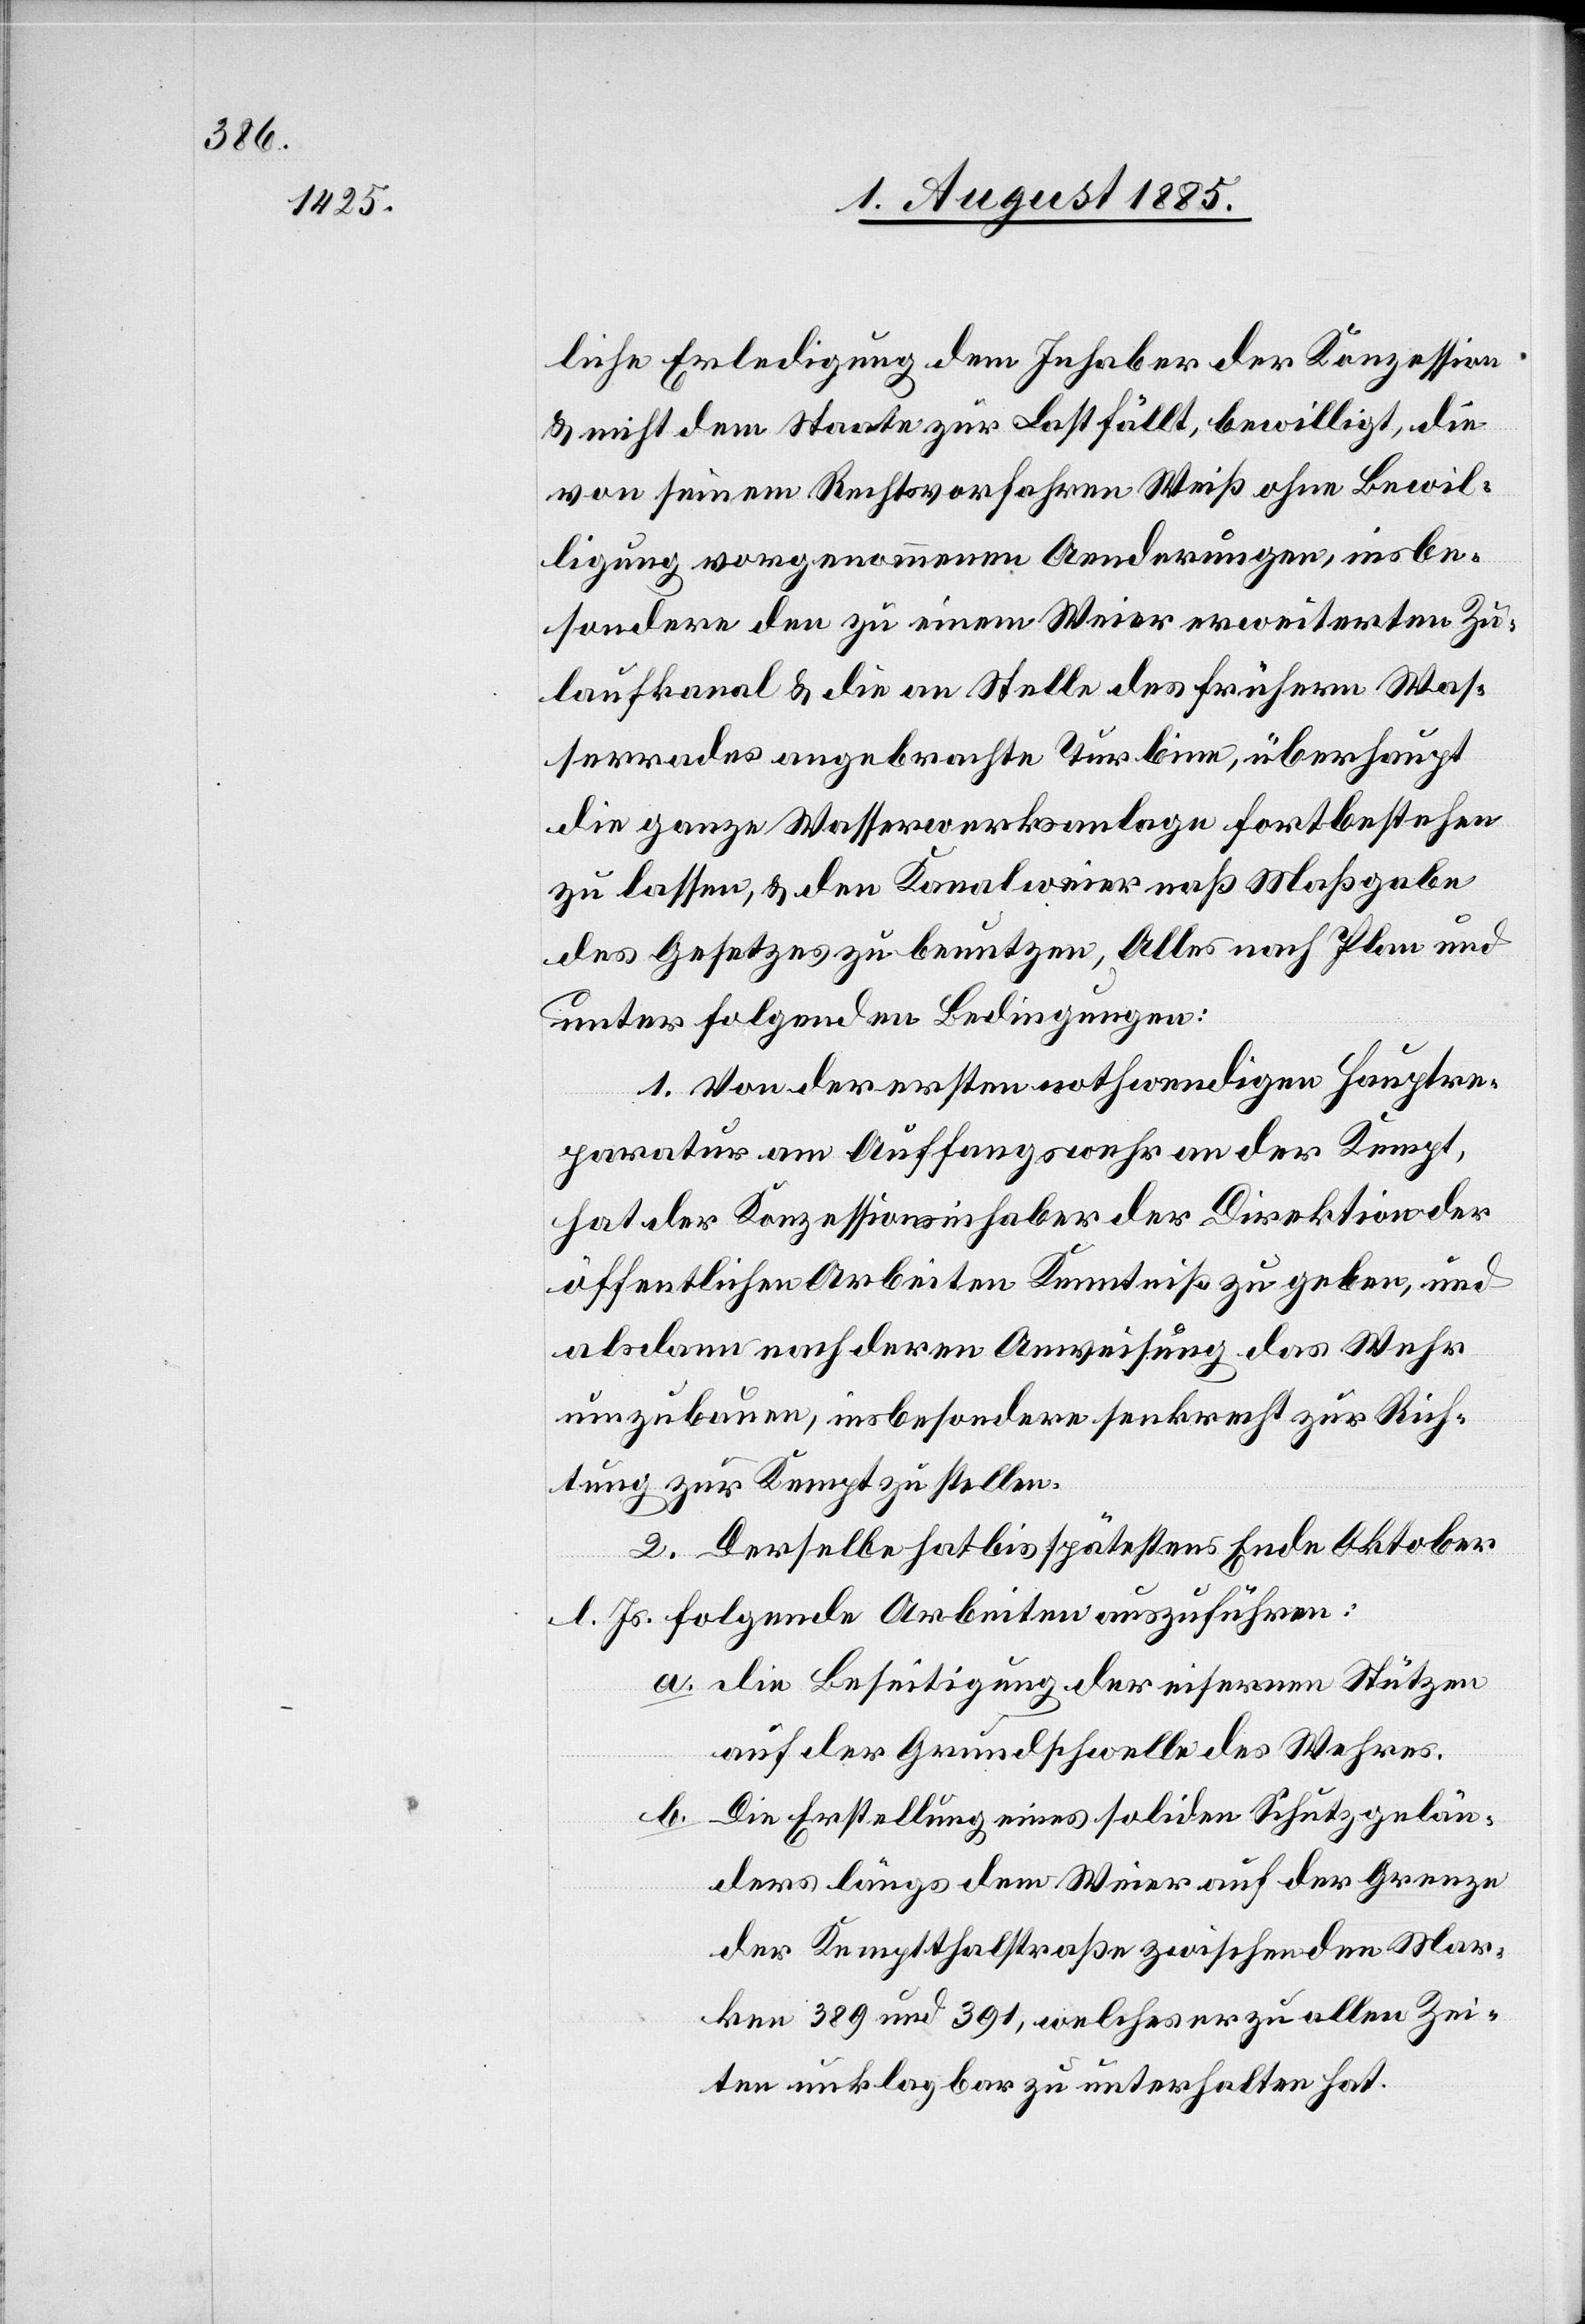
liche Erledigung dem Inhaber der Konzession
& nicht dem Staate zur Last fällt, bewilligt, die
von seinem Rechtsvorfahren Weiß ohne Bewil¬
ligung vorgenommenen Aenderungen insbe¬
sondere den zu einem Weier erweiterten Zu¬
laufkanal & die an Stelle des frühern Was¬
serrades angebrachte Turbine, überhaupt
die ganze Wasserwerksanlage fortbestehen
zu lassen, & den Kanalweier naß [sic!] Maßgabe
des Gesetzes zu benutzen, Alles nach Plan und
unter folgenden Bedingungen:
1. Von der ersten nothwendigen Hauptre¬
paratur am Auffangswehr an der Kempt,
hat der Konzessionsinhaber der Direktion der
öffentlichen Arbeiten Kenntniß zu geben, und
alsdann nach deren Anweisung das Wehr
umzubauen, insbesondere senkrecht zur Rich¬
tung zur Kempt zu stellen.
2. Derselbe hat bis spätestens Ende Oktober
a. die Beseitigung der eisernen Stützen
auf der Grundschwelle des Wehres.
b.
Die Erstellung eines soliden Schutzgelän¬
ders längs dem Weier auf der Grenze
der Kemptthalstraße zwischen den Mar¬
ken 389 und 391, welches er zu allen Zei¬
ten unklagbar zu unterhalten hat.